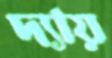
দ্যায়